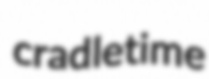
cradletime